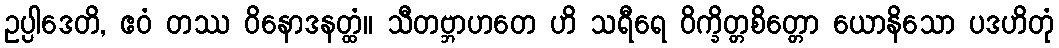
ဥပ္ပါဒေတိ, ဧဝံ တဿ ဝိနောဒနတ္ထံ။ သီတဗ္ဘာဟတေ ဟိ သရီရေ ဝိက္ခိတ္တစိတ္တော ယောနိသော ပဒဟိတုံ